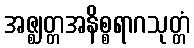
အဇ္ဈတ္တအနိစ္စရာဂသုတ္တံ